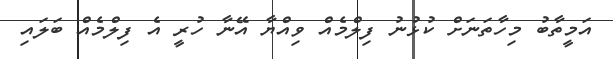
އަމީތާބު މިހާތަނަށް ކުޅުނު ފިލްމެއް ވިއްޔާ އޭނާ ހުރީ އެ ފިލްމެއް ބަލައި